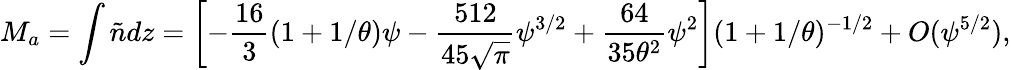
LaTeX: M_{a}=\int\tilde{n}dz=\left[-{\frac{16}{3}}(1+1/\theta){\psi}-{\frac{512}{45\sqrt{\pi}}}{\psi}^{3/2}+{\frac{64}{35\theta^{2}}}{\psi}^{2}\right](1+1/\theta)^{-1/2}+O({\psi}^{5/2}),